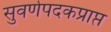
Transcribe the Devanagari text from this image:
सुवर्णपदकप्राप्त